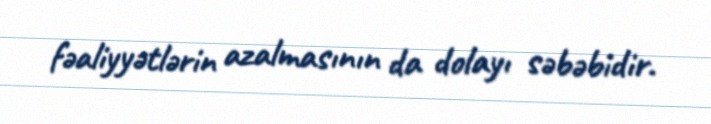
fəaliyyətlərin azalmasının da dolayı səbəbidir.